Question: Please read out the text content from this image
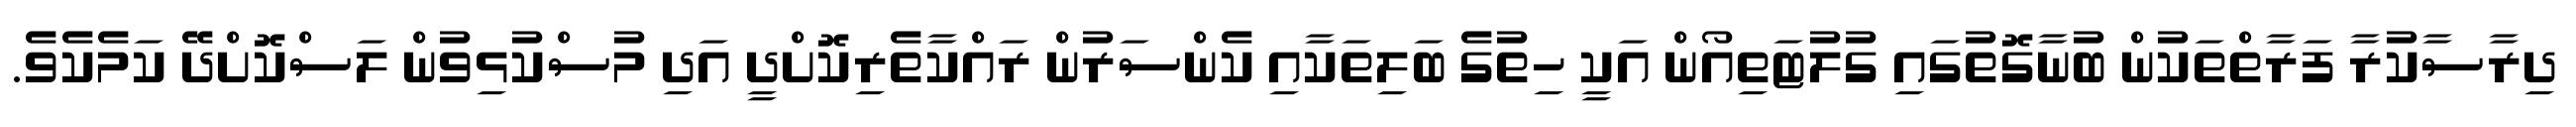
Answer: ދިރާސާކުރާ ފަރާތްތަކުން ބުނާގޮތުގައި ގުލުޓަތިއޯން އަކީ ހިތުގެ ބަލިތަކާއި ކެންސަރުން ރައްކާތެރިކޮށްދީ އަދި މުސްކުޅިވުން ލަސްކޮށްދޭ ކަމެކެވެ.